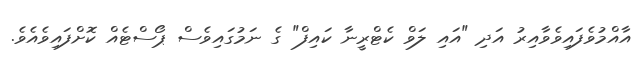
އާއްމުވެފައިވެވާއިރު އަދި "އައި ލަވް ކެޓްރީނާ ކައިފް" ގެ ނަމުގައިވެސް ޕޯސްޓެއް ކޮށްފައިވެއެވެ.